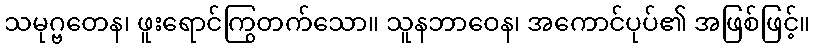
သမုဂ္ဗတေန၊ ဖူးရောင်ကြွတက်သော။ သူနဘာဝေန၊ အကောင်ပုပ်၏ အဖြစ်ဖြင့်။